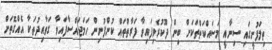
ތިލަފުށީގައި ސިނާއީ މަސައްކަތްތަކަށް ބިން ދޫކުރެވިފައިވާ ފަރާތްތައް ކުންފުނިން ހަމަޖައްސާފައިވާ ގަވާއިދުތަކާ އެއްގޮތަށް